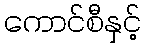
ကောင်စီနှင့်